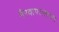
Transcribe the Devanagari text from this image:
गैरवापरासाच्या